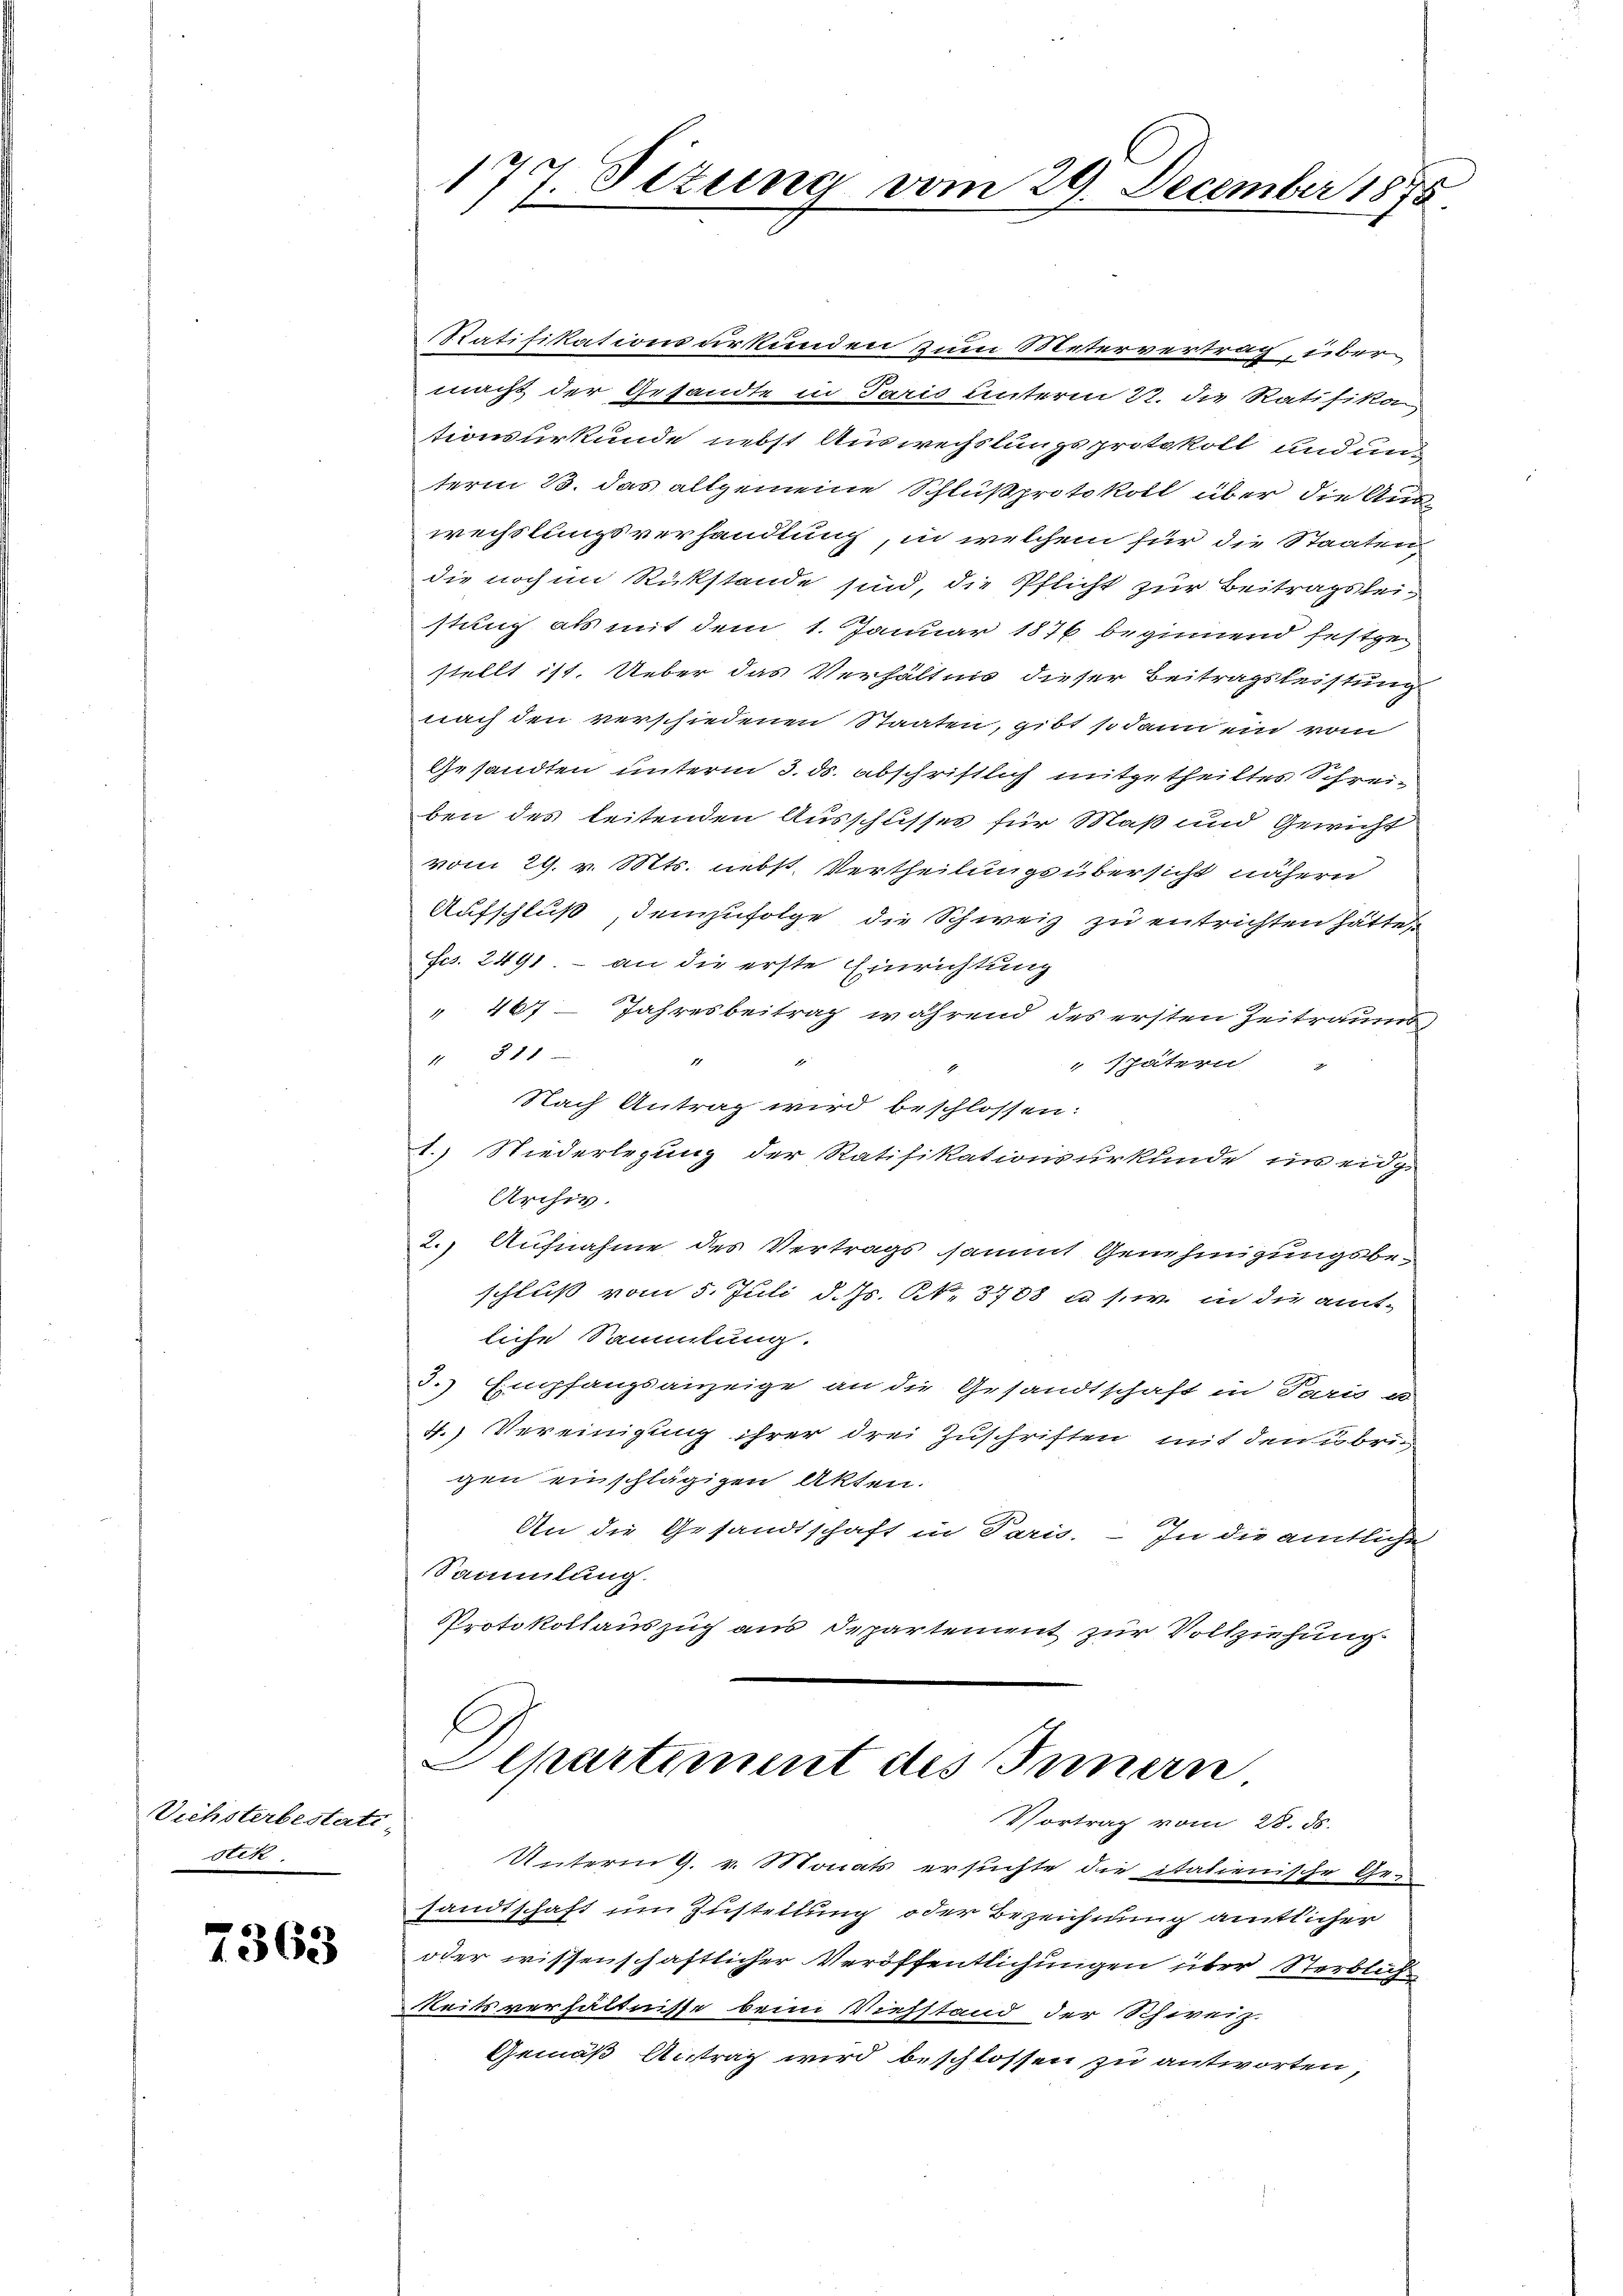
Vichsterbestati
stik.

7363

Statifikationsurkunden zum Metervertrag, über
macht der Gesandte in Jaris unterm 22. die Ratifika
tionsurkunde nebst Auswechslungsprotokoll und unterm 23. das allgemeine Schlußprotokoll über die Auswechslungsverhandlung, in welchem für die Staaten,
die noch im Rückstände sind, die Pflicht zur Beitragsleistung als mit dem 1. Januar 1876 beginnend festgestellt ist. Ueber das Verhältnis dieser Beitragsleistung
nach den verschiedenen Staaten, gibt sodann ein vom
Gesandten unterm 3. ds. abschriftlich mitgetheiltes Schreiben des leitenden Ausschusses für Maß und Gewicht
vom 29. v. Mts. nebst Vertheilungsübersicht nähern
Aufschluß, demzufolge die Schweiz zu entrichten hätte,
Fcs. 2491. - an die erste Einrichtung
" 467 - Jahresbeitrag während des ersten Zeitraums,
11 § 11
1
" spätern „
Nach Antrag wird beschlossen:
1.) Niederlegung der Ratifikationsurkunde um eidg.
Archiv.
2.) Aufnahme des Vertrags sammt Genehmigungsbeschluß vom 5. Juli d. Js. N. 3708 u. s. in die amt-
liche Sammlung.
2.) Empfangsanzeige an die Gesandtschaft in Paris u
4.) Vereinigung ihrer drei Zuschriften mit den übrig
gen einschlägigen Akten.
An die Gesandtschaft in Paris. – In die amtliche
Sammlung.
Protokollauszug aus Departement zur Vollziehung
Departement des Innern

17
17. Sizung vom 29. December 1875

Vortrag vom 28. ds.

Unterm 9. v. Monats ersuchte die italienische Ge-
sandtschaft um Zustellung oder Bezeichnung amtlicher
oder wissenschaftlicher Veröffentlichungen über Sterblich
eits verhältnisse beim Viehstand der Schweiz.
Gemäß Antrag wird beschlossen zu antworten,